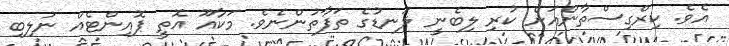
އެވެ. ކިރްގިސްތާންއަށް ކުރި ލިބެނީ ލަނޑުގެ ތަފާތުންނެވެ. މަކާއޫ އޮތީ ޕޮއިންޓެއް ނުލިބި